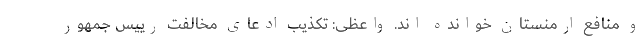
و منافع ارمنستان خوانده اند. واعظی: تکذیب ادعای مخالفت رییس‌ جمهور